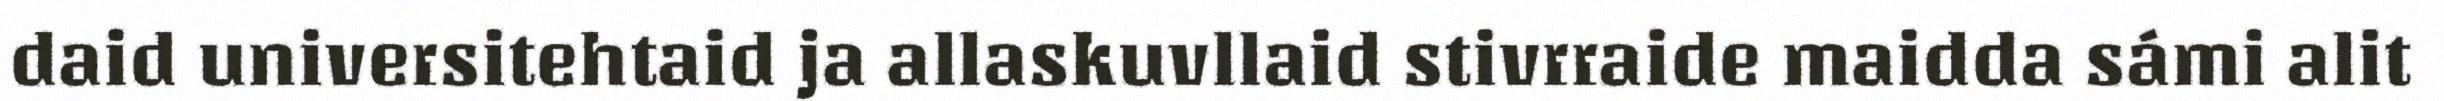
daid universitehtaid ja allaskuvllaid stivrraide maidda sámi alit